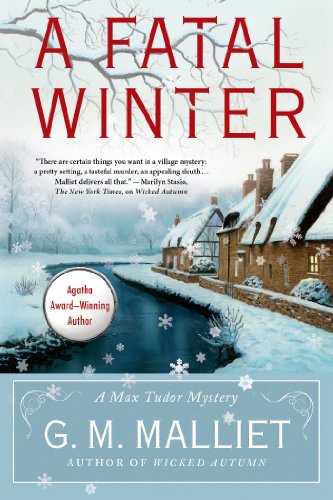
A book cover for A Fatal Winter: A Max Tudor Novel; G. M. Malliet; Mystery, Thriller & Suspense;